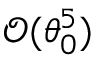
\mathcal { O } ( \theta _ { 0 } ^ { 5 } )